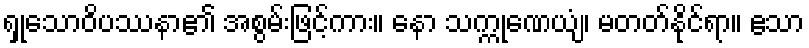
ရှုသောဝိပဿနာ၏ အစွမ်းဖြင့်ကား။ နော သက္ကုဏေယျံ၊ မတတ်နိုင်ရာ။ ဧသာ